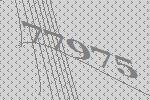
77975